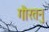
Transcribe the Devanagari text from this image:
गौरतनु